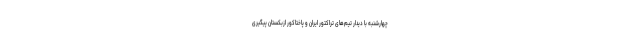
چهارشنبه با دیدار تیم‌های تراکتور ایران و پاختاکور ازبکستان پیگیری